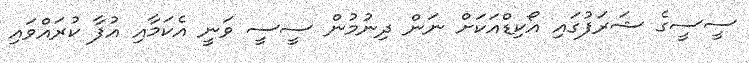
ސީސީގެ ޝަރަފުގައި އޯކިޑްއަކަށް ނަން ދިނުމުން ސީސީ ވަނީ އެކަމާއި އުފާ ކުރައްވައި